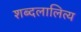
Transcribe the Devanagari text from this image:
शब्दलालित्य